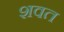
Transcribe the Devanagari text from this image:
शवत